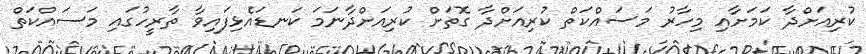
ކުރިއަށްދާ ކަމަށާއި މިހާރު މަސައްކަތް ކުރިއަށްދާ ގޮތަށް ކުރިއަށްދާނަަމަ ކަނޑައެޅިފައިވާ ތާރީހުގައި މަސައްކަތް